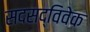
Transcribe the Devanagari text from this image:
सदसद्विवेक